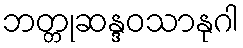
ဘတ္တုဆန္ဒဝသာနုဂါ